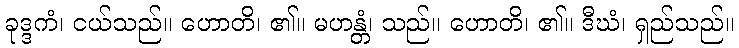
ခုဒ္ဒကံ၊ ငယ်သည်။ ဟောတိ၊ ၏။ မဟန္တံ၊ သည်။ ဟောတိ၊ ၏။ ဒီဃံ၊ ရှည်သည်။